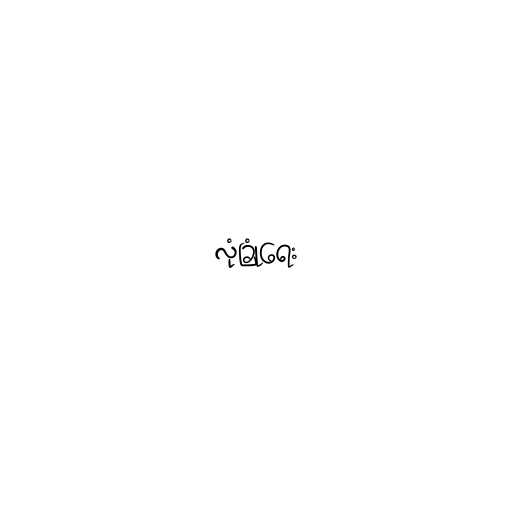
လုံခြုံရေး